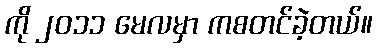
ကို ၂၀၁၁ မေလမှာ ကစတင်ခဲ့တယ်။